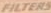
FILTERS